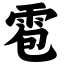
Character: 雹